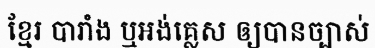
ខ្មែរ បារាំង ឬអង់គ្លេស ឲ្យបានច្បាស់